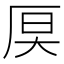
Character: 𪠊